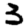
Digit: 3